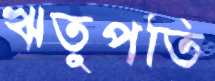
ঋতুপতি